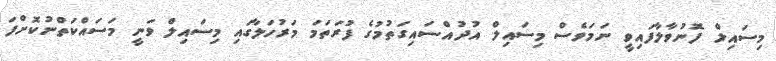
މިސައިލް ފޮނުވާލާފައިވީ ނަމަވެސް މިސައިލް އުދުއްސައިގަތުމުގެ ފުރަތަމަ މަރުހަލާގައި މިސައިލް ވަނީ މަސައްކަތްނުކޮށްފަ